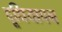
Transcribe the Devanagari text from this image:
दूधियापन